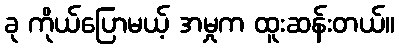
ခု ကိုယ်ပြောမယ့် အမှုက ထူးဆန်းတယ်။